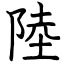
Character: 陸